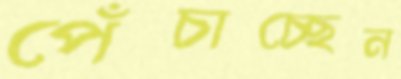
পেঁচাচ্ছেন